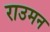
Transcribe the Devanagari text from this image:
राउमन